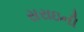
સરાઇની